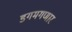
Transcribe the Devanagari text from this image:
डगमगणार